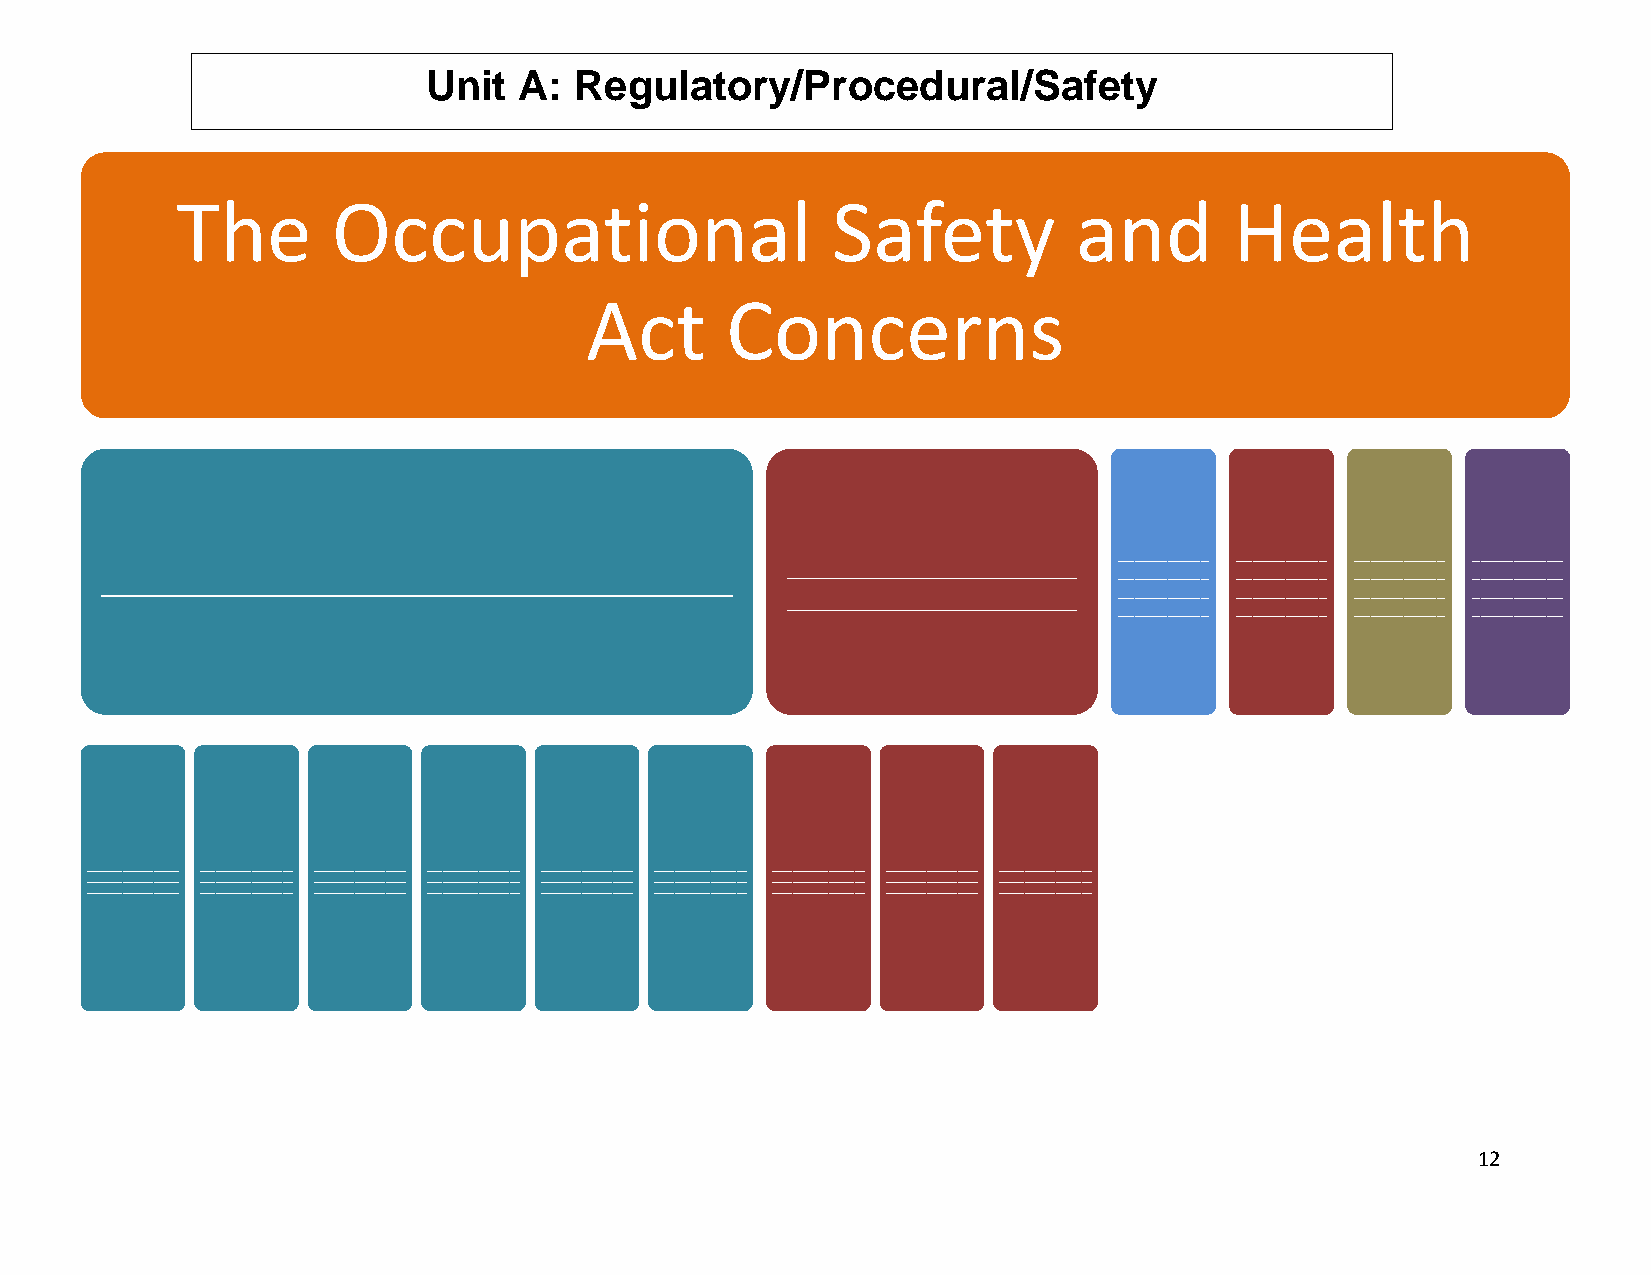
Unit  A:  Regulatory/Procedural/Safety
 The       Occupational                     Safety          and        Health
 Act      Concerns
 ____________________  ___________ ___________ ___________ ___________
 ______________________________________                             ___________ ___________ ___________ ___________
 ____________________  ___________ ___________ ___________ ___________
 ___________ ___________ ___________ ___________
 __________________ __________________ __________________ __________________ __________________ __________________ __________________ __________________ __________________
 __________________ __________________ __________________ __________________ __________________ __________________ __________________ __________________ __________________
 __________________ __________________ __________________ __________________ __________________ __________________ __________________ __________________ __________________
 12